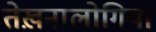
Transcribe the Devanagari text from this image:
तेख़नालोगिया